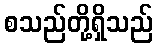
စသည်တို့ရှိသည်